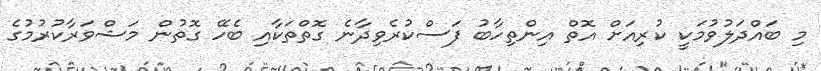
މި ބައްދަލުވުމަކީ ކުރިއަށް އޮތް އިންތިހާބު ފަސްކުރެވިދާނެ ގޮތްތަކާއި ބެހޭ ގޮތުން މަޝްވަރާކުރުމުގެ